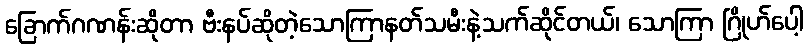
ခြောက်ဂဏန်းဆိုတာ ဗီးနပ်ဆိုတဲ့သောကြာနတ်သမီးနဲ့သက်ဆိုင်တယ်၊ သောကြာ ဂြိုဟ်ပေါ့